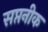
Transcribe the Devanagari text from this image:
सप्तनीक